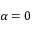
\alpha = 0